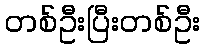
တစ်ဦးပြီးတစ်ဦး